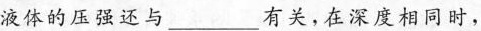
液体的压强还与_________有关，在深度相同时，